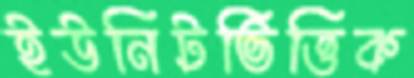
ইউনিটভিত্তিক